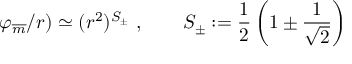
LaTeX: \varphi _ { \overline { { { m } } } } / r ) \simeq ( r ^ { 2 } ) ^ { S _ { \pm } } \ , \qquad S _ { \pm } : = \frac { 1 } { 2 } \left( 1 \pm \frac { 1 } { \sqrt { 2 } } \right)